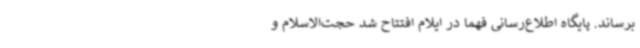
برساند. پایگاه اطلاع‌رسانی فهما در ایلام افتتاح شد حجت‌الاسلام و